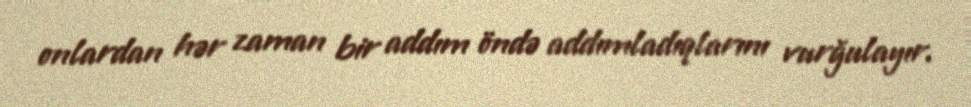
onlardan hər zaman bir addım öndə addımladıqlarını vurğulayır.